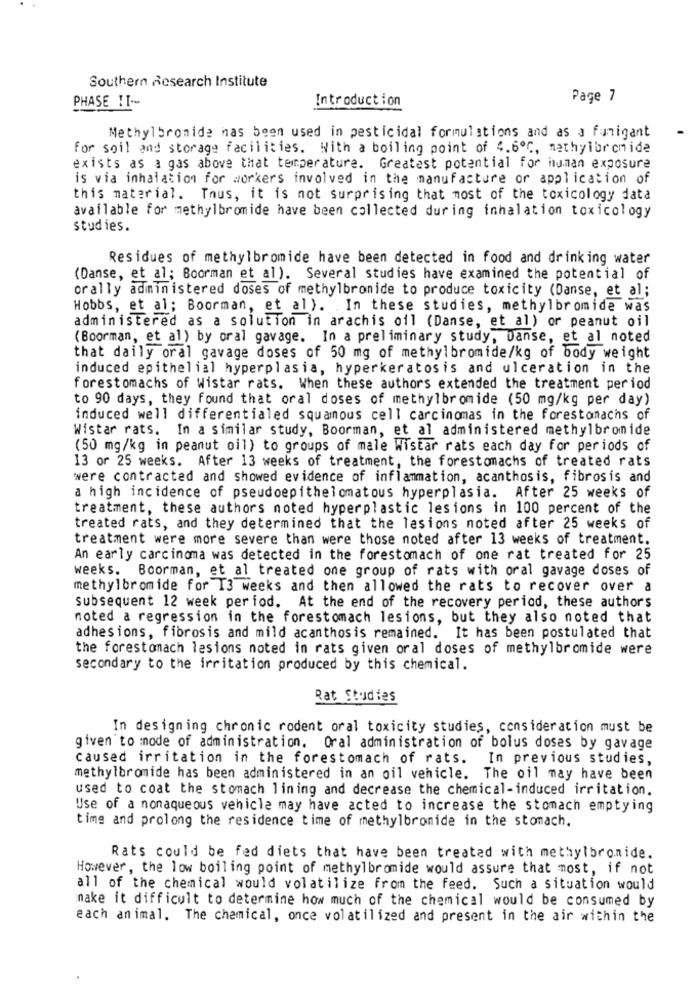
Southern Research Institute
PHASE II --
Introduction
Page 7
Methylbromide has been used in pesticidal formulations and as a funigant
for soil and storage facilities. With a boiling point of 4.6º℃, methylorchide
exists as a gas above that temperature. Greatest potential for human exposure
is via inhalation for workers involved in the manufacture or application of
this material. Thus, it is not surprising that most of the toxicology data
available for methylbromide have been collected during inhalation toxicology
studies.
Residues of methylbromide have been detected in food and drinking water
(Danse, et al; Boorman et al). Several studies have examined the potential of
orally administered doses of methylbronide to produce toxicity (Danse, et al;
Hobbs, et al; Boorman, et al). In these studies, methylbromide was
administered as a solution in arachis oil (Danse, et al) or peanut oil
(Boorman, et al) by oral gavage. In a preliminary study, Danse, et al noted
that daily oral gavage doses of 50 mg of methylbromide/kg of body weight
induced epithelial hyperplasia, hyperkeratosis and ulceration in the
forestomachs of Wistar rats. When these authors extended the treatment period
to 90 days, they found that oral doses of methylbromide (50 mg/kg per day)
induced well differentialed squamous cell carcinomas in the forestonachs of
Wistar rats. In a similar study, Boorman, et al administered methylbronide
(50 mg/kg in peanut oil) to groups of male Wistar rats each day for periods of
13 or 25 weeks. After 13 weeks of treatment, the forestomachs of treated rats
were contracted and showed evidence of inflammation, acanthosis, fibrosis and
a high incidence of pseudoepithelomatous hyperplasia. After 25 weeks of
treatment, these authors noted hyperplastic lesions in 100 percent of the
treated rats, and they determined that the lesions noted after 25 weeks of
treatment were more severe than were those noted after 13 weeks of treatment.
An early carcinoma was detected in the forestomach of one rat treated for 25
weeks. Boorman, et al treated one group of rats with oral gavage doses of
methylbromide for I3 weeks and then allowed the rats to recover over a
subsequent 12 week period. At the end of the recovery period, these authors
noted a regression in the forestomach lesions, but they also noted that
adhesions, fibrosis and mild acanthosis remained. It has been postulated that
the forestomach lesions noted in rats given oral doses of methylbromide were
secondary to the irritation produced by this chemical.
Rat Studies
In designing chronic rodent oral toxicity studies, consideration must be
given to mode of administration. Oral administration of bolus doses by gavage
caused irritation in the forestomach of rats. In previous studies,
methylbromide has been administered in an oil vehicle. The oil may have been
used to coat the stomach lining and decrease the chemical-induced irritation.
Use of a nonaqueous vehicle may have acted to increase the stomach emptying
time and prolong the residence time of methylbromide in the stomach.
Rats could be fed diets that have been treated with methylbronide.
However, the low boiling point of methylbromide would assure that most, if not
all of the chemical would volatilize from the feed. Such a situation would
make it difficult to determine how much of the chemical would be consumed by
each animal. The chemical, once volatilized and present in the air within the